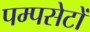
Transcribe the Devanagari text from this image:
पम्पसेटों